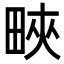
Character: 㽠